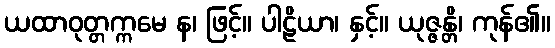
ယထာဝုတ္တက္ကမေ န၊ ဖြင့်။ ပါဠိယာ၊ နှင့်။ ယုဇ္ဇန္တိ၊ ကုန်၏။